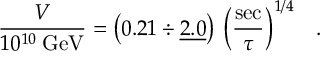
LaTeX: \frac { V } { 1 0 ^ { 1 0 } \: \mathrm { G e V } } = \left( 0 . 2 1 \div \underline { { { 2 . 0 } } } \right) \: \left( \frac { \mathrm { s e c } } { \tau } \right) ^ { 1 / 4 } \; \; \; .